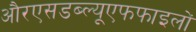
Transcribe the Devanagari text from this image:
औरएसडब्ल्यूएफफाइलों